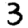
Digit: 3